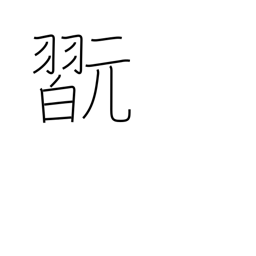
Meaning: play instrument